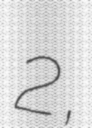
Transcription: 2,